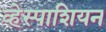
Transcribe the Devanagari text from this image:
व्हेस्पाशियन